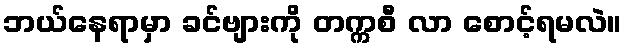
ဘယ်နေရာမှာ ခင်ဗျားကို တက္ကစီ လာ စောင့်ရမလဲ။